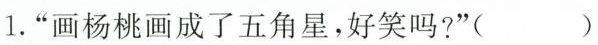
1.”画杨桃画成了五角星，好笑吗？”( )